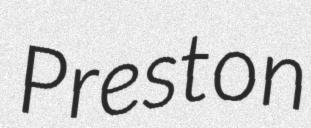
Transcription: Preston